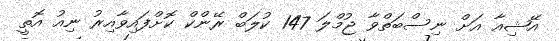
އޭޝިއާ އަށް ނިސްބަތްވާ ޖުމްލަ 147 ކުލަބް ރޭންކް ކޮށްފައިވާއިރު ނިއު އޮތީ